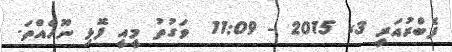
ފެބްރުއަރީ 3